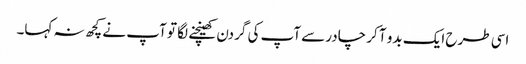
اسی طرح ایک بدو آ کر چادرسے آپ کی گردن کھینچنے لگا تو آپ نے کچھ نہ کہا۔